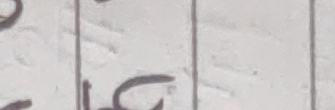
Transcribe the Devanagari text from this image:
ठ ८